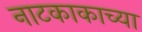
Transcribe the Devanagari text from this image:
नाटकाकाच्या